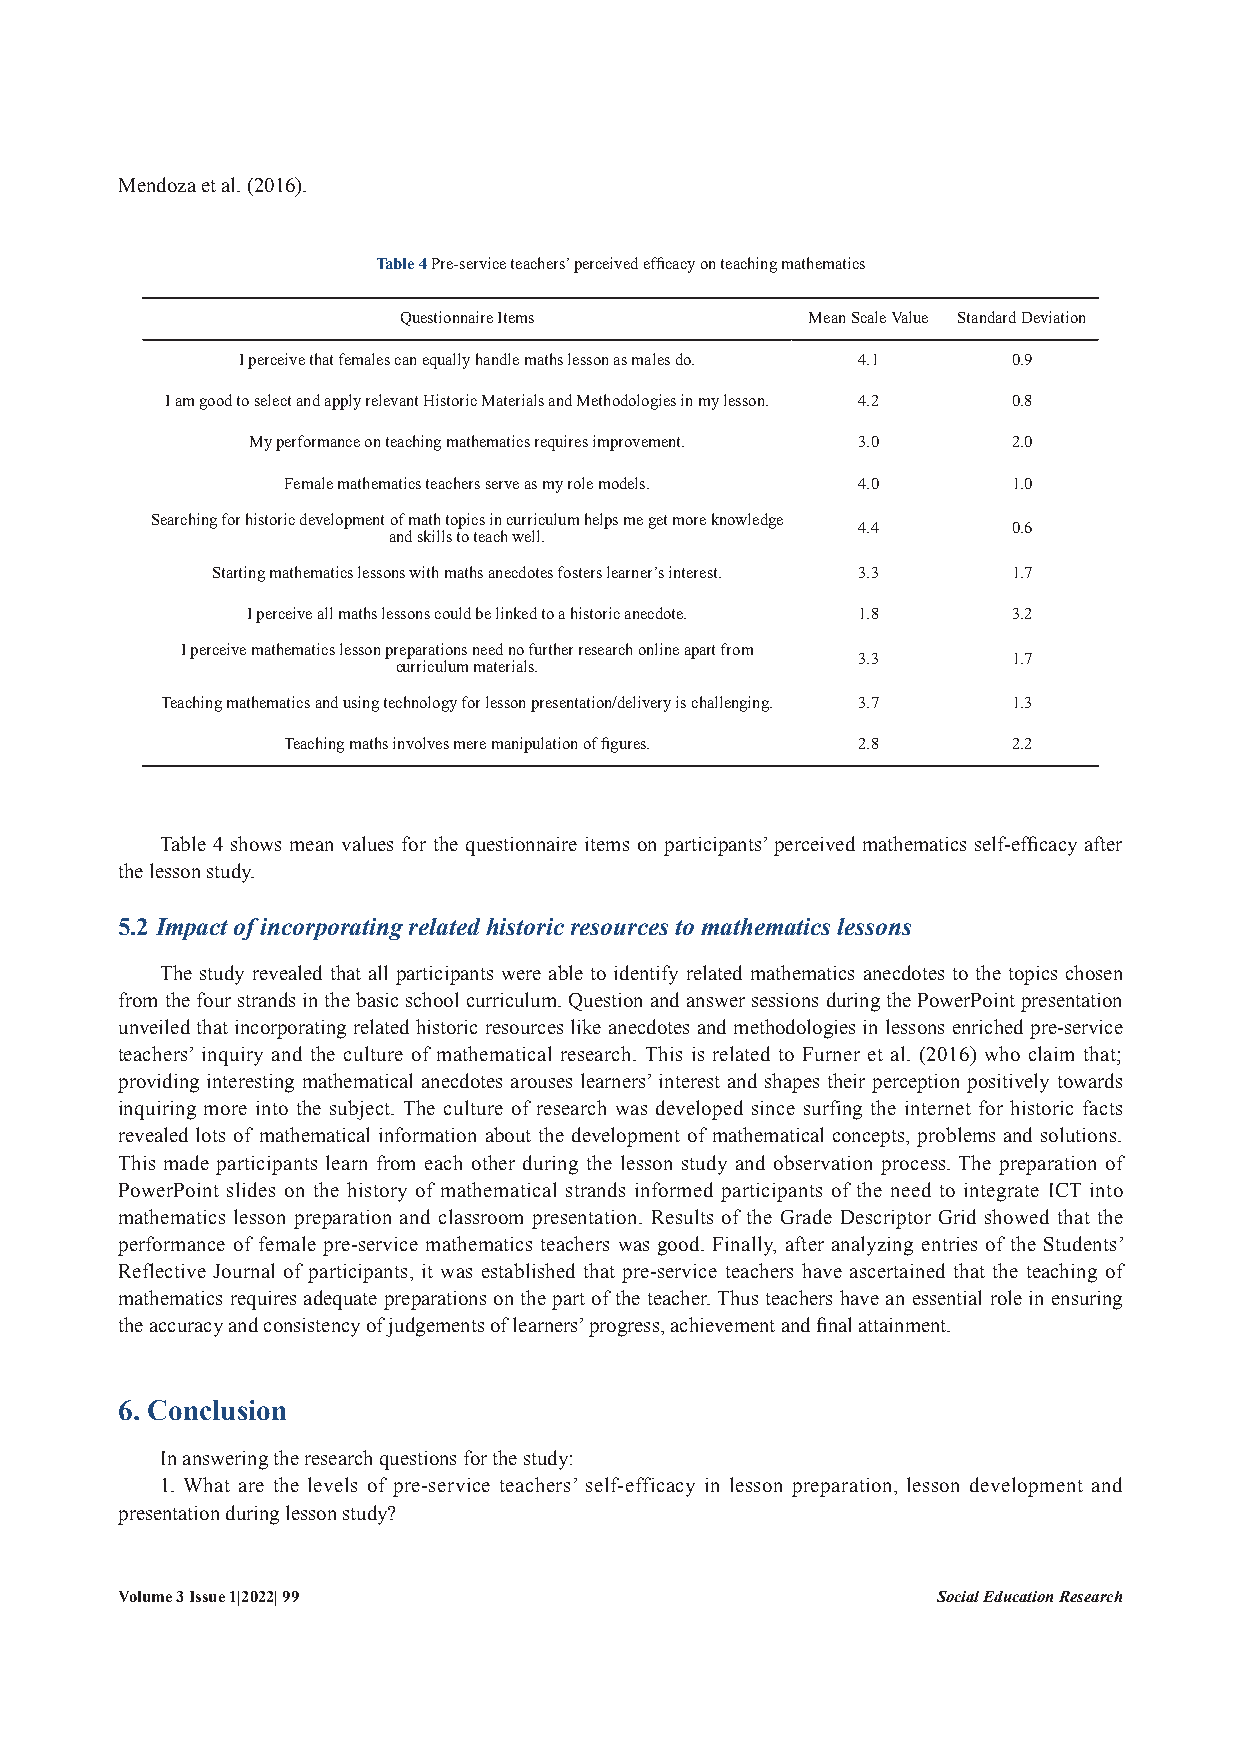
Mendoza et al. (2016).
 Table 4 Pre-service teachers’ perceived efficacy on teaching mathematics
 Questionnaire Items        Mean Scale Value Standard Deviation
 I perceive that females can equally handle maths lesson as males do. 4.1 0.9
 I am good to select and apply relevant Historic Materials and Methodologies in my lesson. 4.2 0.8
 My performance on teaching mathematics requires improvement. 3.0 2.0
 Female mathematics teachers serve as my role models. 4.0 1.0
 Searching for historic development of math topics in curriculum helps me get more knowledge
 4.4       0.6
 and skills to teach well.
 Starting mathematics lessons with maths anecdotes fosters learner’s interest. 3.3 1.7
 I perceive all maths lessons could be linked to a historic anecdote. 1.8 3.2
 I perceive mathematics lesson preparations need no further research online apart from
 3.3       1.7
 curriculum materials.
 Teaching mathematics and using technology for lesson presentation/delivery is challenging. 3.7 1.3
 Teaching maths involves mere manipulation of figures. 2.8 2.2
 Table 4 shows mean values for the questionnaire items on participants’ perceived mathematics self-efficacy after
 the lesson study.
 5.2 Impact of incorporating related historic resources to mathematics lessons
 The study revealed that all participants were able to identify related mathematics anecdotes to the topics chosen
 from the four strands in the basic school curriculum. Question and answer sessions during the PowerPoint presentation
 unveiled that incorporating related historic resources like anecdotes and methodologies in lessons enriched pre-service
 teachers’ inquiry and the culture of mathematical research. This is related to Furner et al. (2016) who claim that;
 providing interesting mathematical anecdotes arouses learners’ interest and shapes their perception positively towards
 inquiring more into the subject. The culture of research was developed since surfing the internet for historic facts
 revealed lots of mathematical information about the development of mathematical concepts, problems and solutions.
 This made participants learn from each other during the lesson study and observation process. The preparation of
 PowerPoint slides on the history of mathematical strands informed participants of the need to integrate ICT into
 mathematics lesson preparation and classroom presentation. Results of the Grade Descriptor Grid showed that the
 performance of female pre-service mathematics teachers was good. Finally, after analyzing entries of the Students’
 Reflective Journal of participants, it was established that pre-service teachers have ascertained that the teaching of
 mathematics requires adequate preparations on the part of the teacher. Thus teachers have an essential role in ensuring
 the accuracy and consistency of judgements of learners’ progress, achievement and final attainment.
 6. Conclusion
 In answering the research questions for the study:
 1. What are the levels of pre-service teachers’ self-efficacy in lesson preparation, lesson development and
 presentation during lesson study?
 Volume 3 Issue 1|2022| 99                             Social Education Research